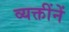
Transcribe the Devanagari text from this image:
व्यक्तींनें